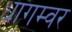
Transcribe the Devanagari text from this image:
धागम्वर